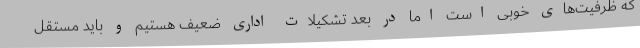
که ظرفیت‌های خوبی است اما در بعد تشکیلات اداری ضعیف هستیم و باید مستقل